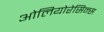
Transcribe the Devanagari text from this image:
ओलियोरेसिन्स